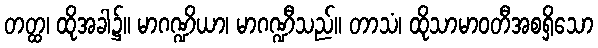
တတ္ထ၊ ထိုအခါ၌။ မာဂဏ္ဍိယာ၊ မာဂဏ္ဍီသည်။ တာသံ၊ ထိုသာမာဝတီအစရှိသော